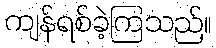
ကျန်ရစ်ခဲ့ကြသည်။